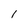
Character: l